Indian Medical Review
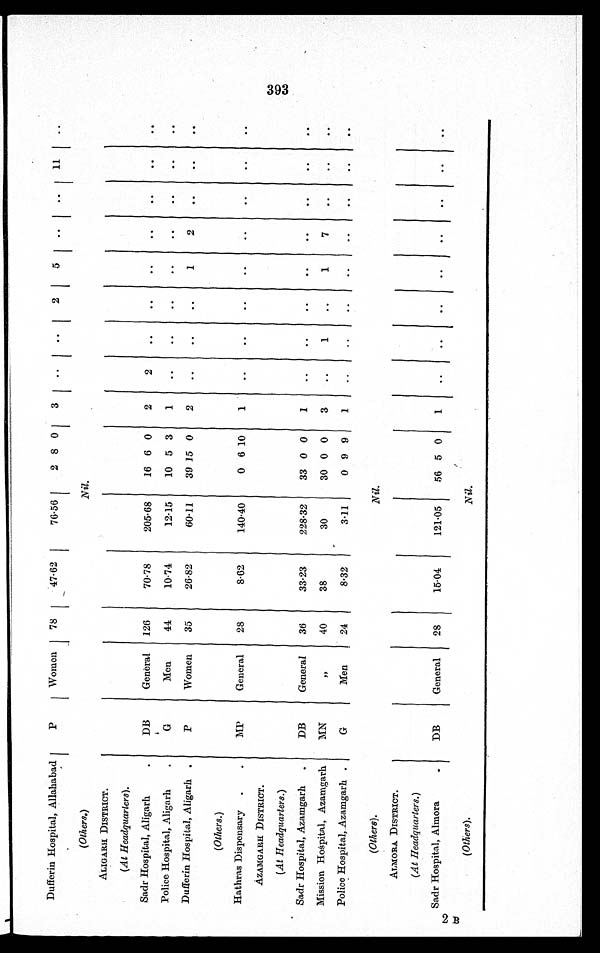
Dufferin Hospital, Allahabad
P
Women 78
47.62
76.56
2 8 0 3
2
5
11
(Others.)
Nil.
ALIGARH DISTRICT.
(At Headquarters).
Sadr Hospital, Aligarh
DB
General 126
70.78
205.68 16 6 0 2
2
Police Hospital, Aligarh
G
Men
44
10.74
12.15 10 5 3 1
Dufferin Hospital, Aligarh
P
Women 35
26.82
60.11 39 15 0 2
1
(Others.)
Hathras Dispensary
MP
General 28
8.62
140.40
0 6 10 1
AZAMGARH DISTRICT.
(At Headquarters.)
Sadr Hospital, Azamgarh DB
General 36
33.23
228.32 33 0 0 1
Mission Hospital, Azamgarh
M N
"
40
38
30
30 0 0 3
1
1
7
Police Hospital, Azamgarh
G
Men
24
8.32
3.11
0 9 9
1
(Others).
Nil.
ALMORA DISTRICT.
(At Headquarters. )
Sadr Hospital, Almora
DB
General 28
15.04
121.05 56 5 0 1
(Others).
Nil.
393